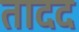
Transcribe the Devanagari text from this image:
तादद